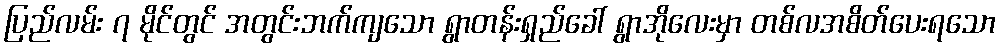
ပြည်လမ်း ၇ မိုင်တွင် အတွင်းဘက်ကျသော ရွာတန်းရှည်ခေါ် ရွာအိုလေးမှာ တစ်လအစိတ်ပေးရသော